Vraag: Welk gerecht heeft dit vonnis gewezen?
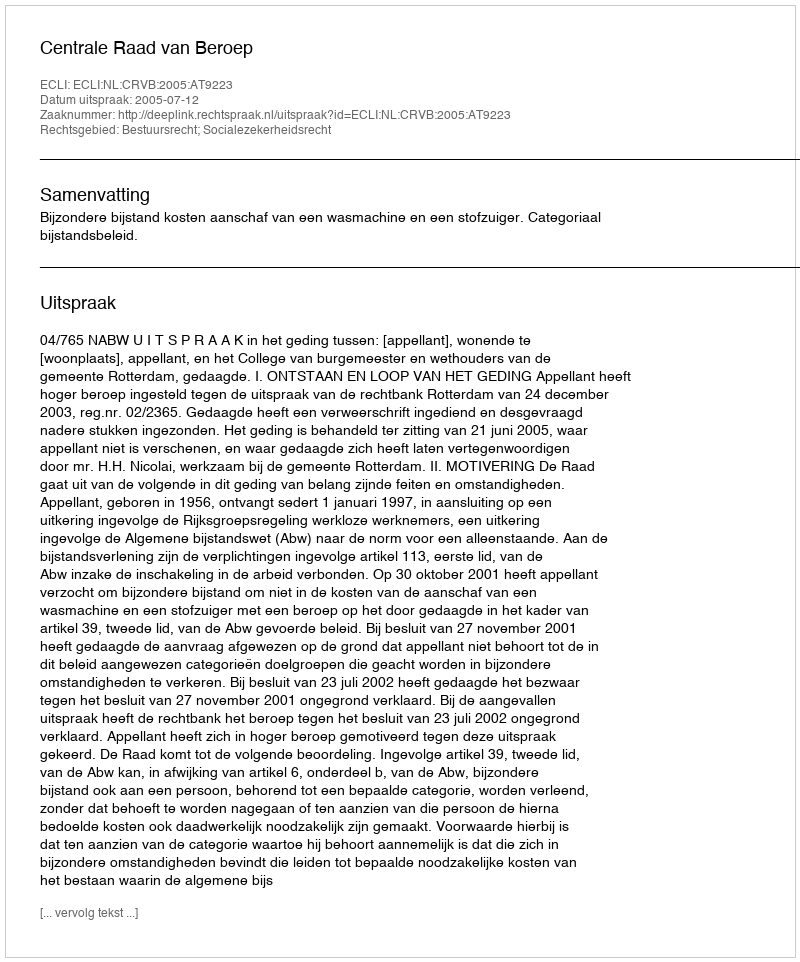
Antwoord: Centrale Raad van Beroep